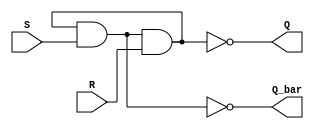
`timescale 1ns / 1ps
//////////////////////////////////////////////////////////////////////////////////
// Company: 
// Engineer: 
// 
// Design Name: 
// Module Name: sr_latch
// Project Name: 
// Target Devices: 
// Tool Versions: 
// Description: 
// 
// Dependencies: 
// 
// Revision:
// Revision 0.01 - File Created
// Additional Comments:
// 
//////////////////////////////////////////////////////////////////////////////////

module sr_latch (S, R, Q, Q_bar);
    input S, R;
    output Q, Q_bar;
    wire S_bar, R_bar;

    nand (Q, S_bar, R);
    nand (Q_bar, R_bar, S);

    assign S_bar = ~Q_bar;
    assign R_bar = ~Q;
endmodule